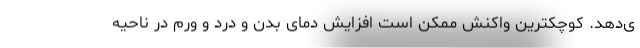
ی‌دهد. کوچکترین واکنش ممکن است افزایش دمای بدن و درد و ورم در ناحیه